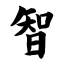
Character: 智